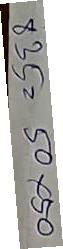
835 = 50x50